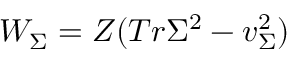
W _ { \Sigma } = Z ( T r \Sigma ^ { 2 } - v _ { \Sigma } ^ { 2 } )